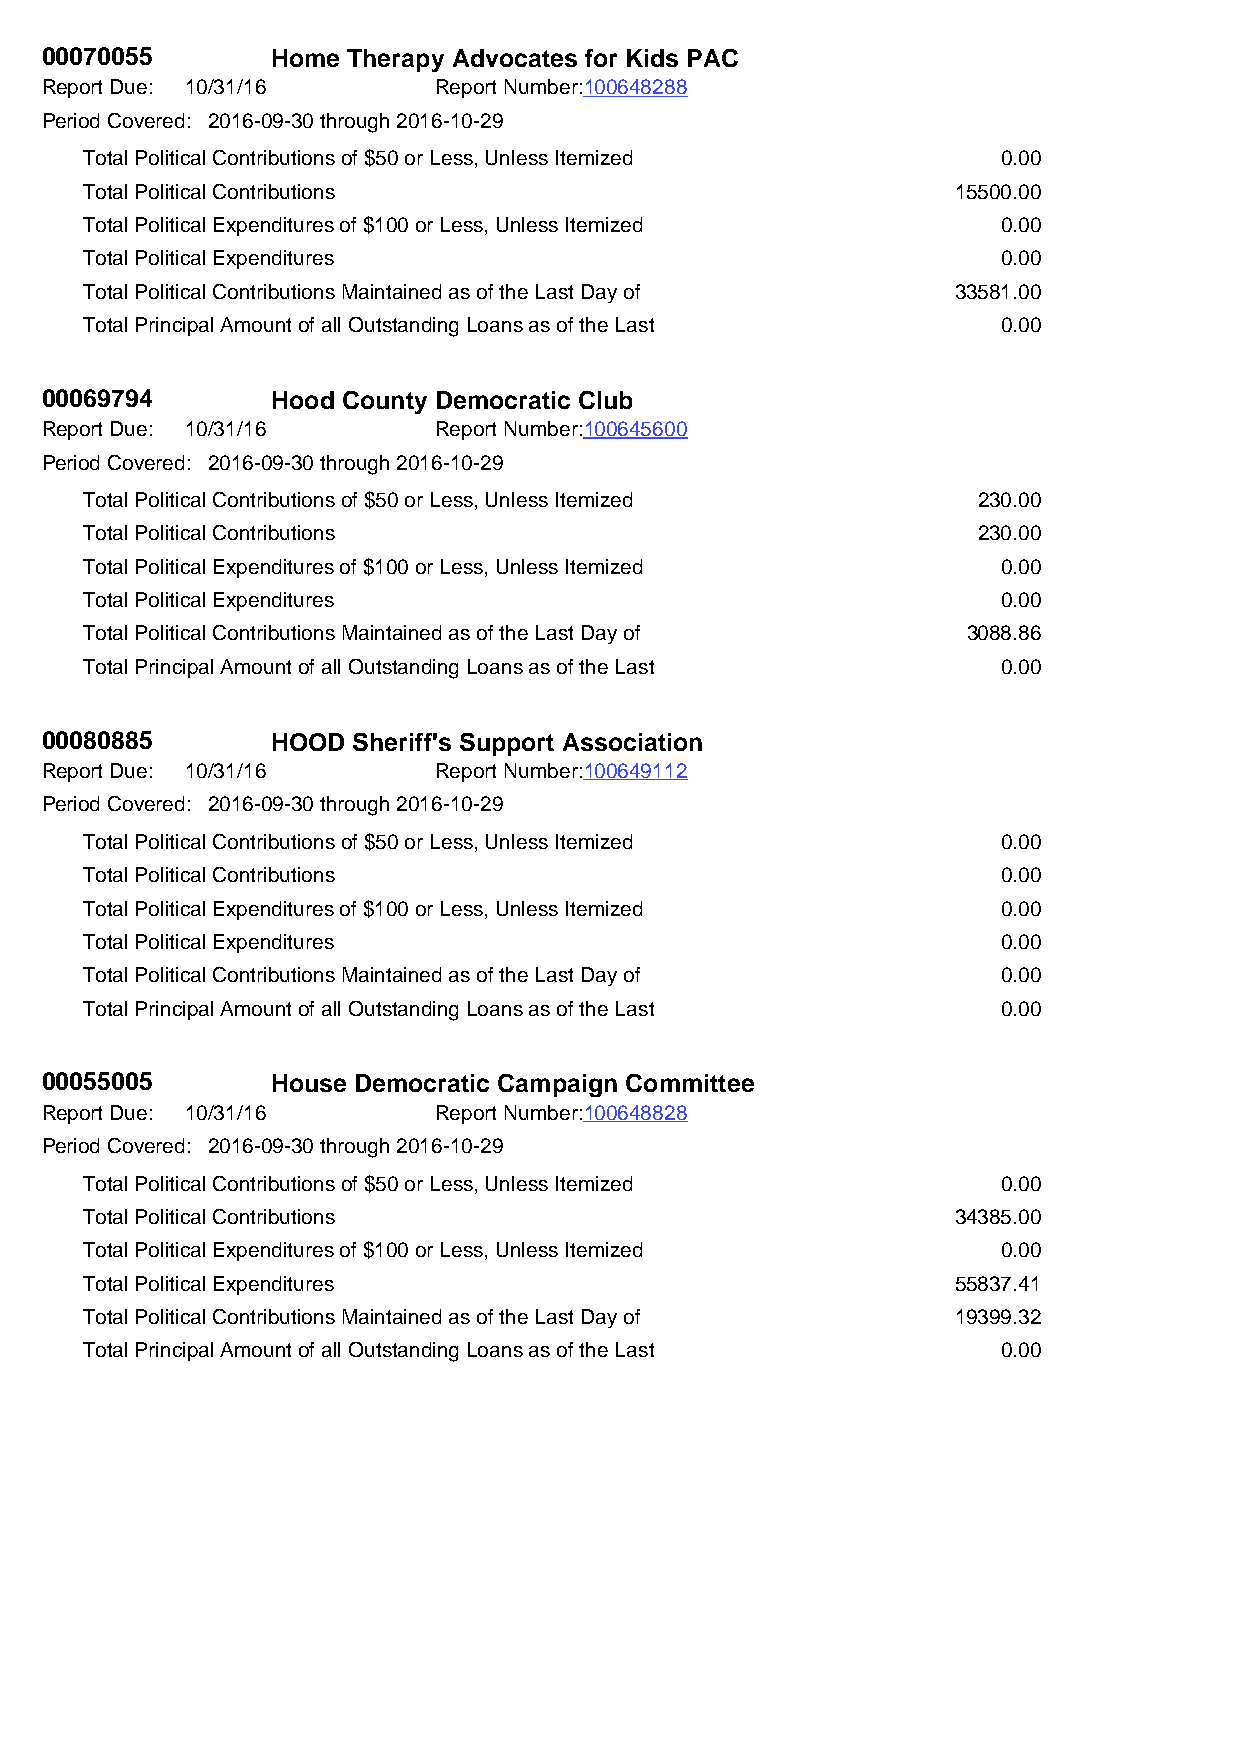
00070055       Home Therapy Advocates for Kids PAC
 Report Due: 10/31/16      Report Number:100648288
 Period Covered: 2016-09-30 through 2016-10-29
 Total Political Contributions of $50 or Less, Unless Itemized 0.00
 Total Political Contributions                            15500.00
 Total Political Expenditures of $100 or Less, Unless Itemized 0.00
 Total Political Expenditures                                0.00
 Total Political Contributions Maintained as of the Last Day of 33581.00
 Total Principal Amount of all Outstanding Loans as of the Last 0.00
 00069794       Hood County Democratic Club
 Report Due: 10/31/16      Report Number:100645600
 Period Covered: 2016-09-30 through 2016-10-29
 Total Political Contributions of $50 or Less, Unless Itemized 230.00
 Total Political Contributions                              230.00
 Total Political Expenditures of $100 or Less, Unless Itemized 0.00
 Total Political Expenditures                                0.00
 Total Political Contributions Maintained as of the Last Day of 3088.86
 Total Principal Amount of all Outstanding Loans as of the Last 0.00
 00080885       HOOD Sheriff's Support Association
 Report Due: 10/31/16      Report Number:100649112
 Period Covered: 2016-09-30 through 2016-10-29
 Total Political Contributions of $50 or Less, Unless Itemized 0.00
 Total Political Contributions                               0.00
 Total Political Expenditures of $100 or Less, Unless Itemized 0.00
 Total Political Expenditures                                0.00
 Total Political Contributions Maintained as of the Last Day of 0.00
 Total Principal Amount of all Outstanding Loans as of the Last 0.00
 00055005       House Democratic Campaign Committee
 Report Due: 10/31/16      Report Number:100648828
 Period Covered: 2016-09-30 through 2016-10-29
 Total Political Contributions of $50 or Less, Unless Itemized 0.00
 Total Political Contributions                            34385.00
 Total Political Expenditures of $100 or Less, Unless Itemized 0.00
 Total Political Expenditures                             55837.41
 Total Political Contributions Maintained as of the Last Day of 19399.32
 Total Principal Amount of all Outstanding Loans as of the Last 0.00